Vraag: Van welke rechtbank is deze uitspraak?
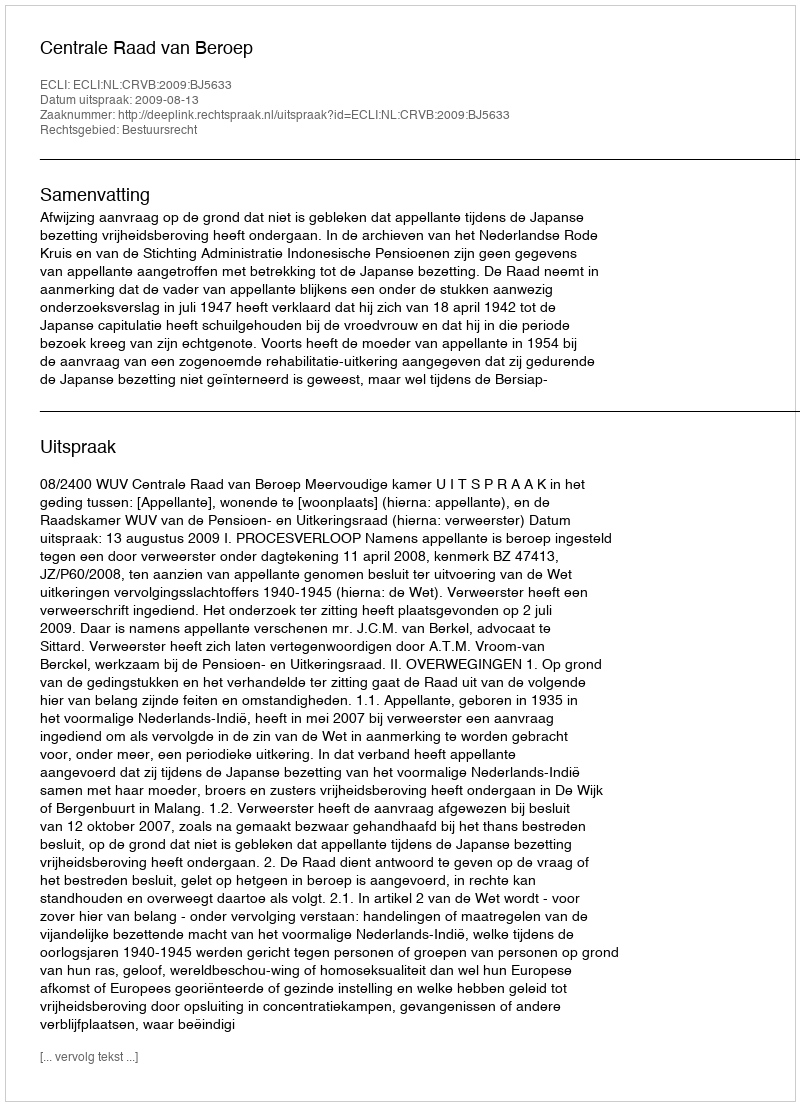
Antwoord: Centrale Raad van Beroep